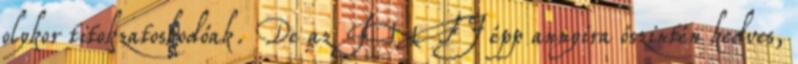
olykor titokzatoskodóak. De az INFJ épp annyira őszintén kedves,